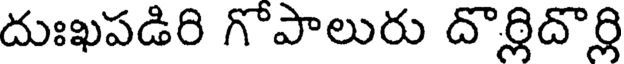
దుఃఖపడిరి గొపాలురు దొర్లిదొర్లి